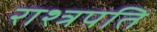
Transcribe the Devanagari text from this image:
राश्त्रपति